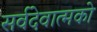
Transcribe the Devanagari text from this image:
सर्वदेवात्मको